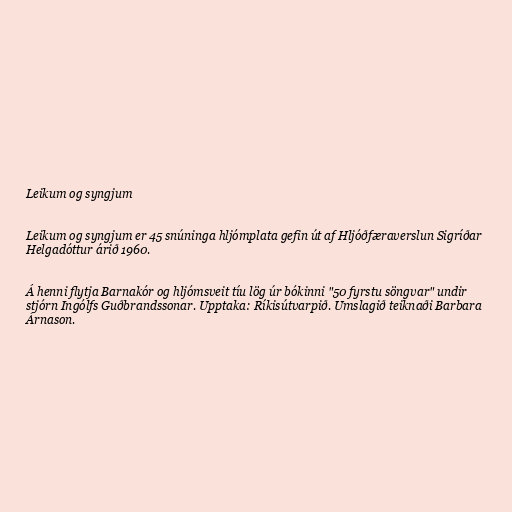
Leikum og syngjum

Leikum og syngjum er 45 snúninga hljómplata gefin út af Hljóðfæraverslun Sigríðar
Helgadóttur árið 1960.

Á henni flytja Barnakór og hljómsveit tíu lög úr bókinni "50 fyrstu söngvar" undir
stjórn Ingólfs Guðbrandssonar. Upptaka: Ríkisútvarpið. Umslagið teiknaði Barbara
Árnason.